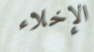
الإخلاء